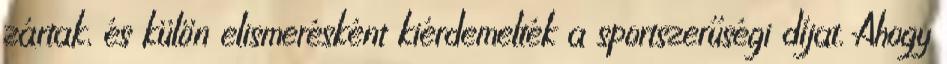
zártak, és külön elismerésként kiérdemelték a sportszerűségi díjat. Ahogy